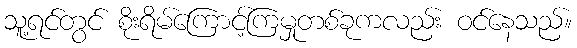
သူ့ရင်တွင် စိုးရိမ်ကြောင့်ကြမှုတစ်ခုကလည်း ဝင်နေသည်။